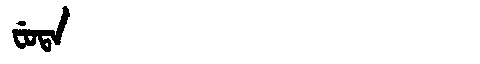
Manchu: ᠸᡠᡨᠠ
Romanization: FUTA